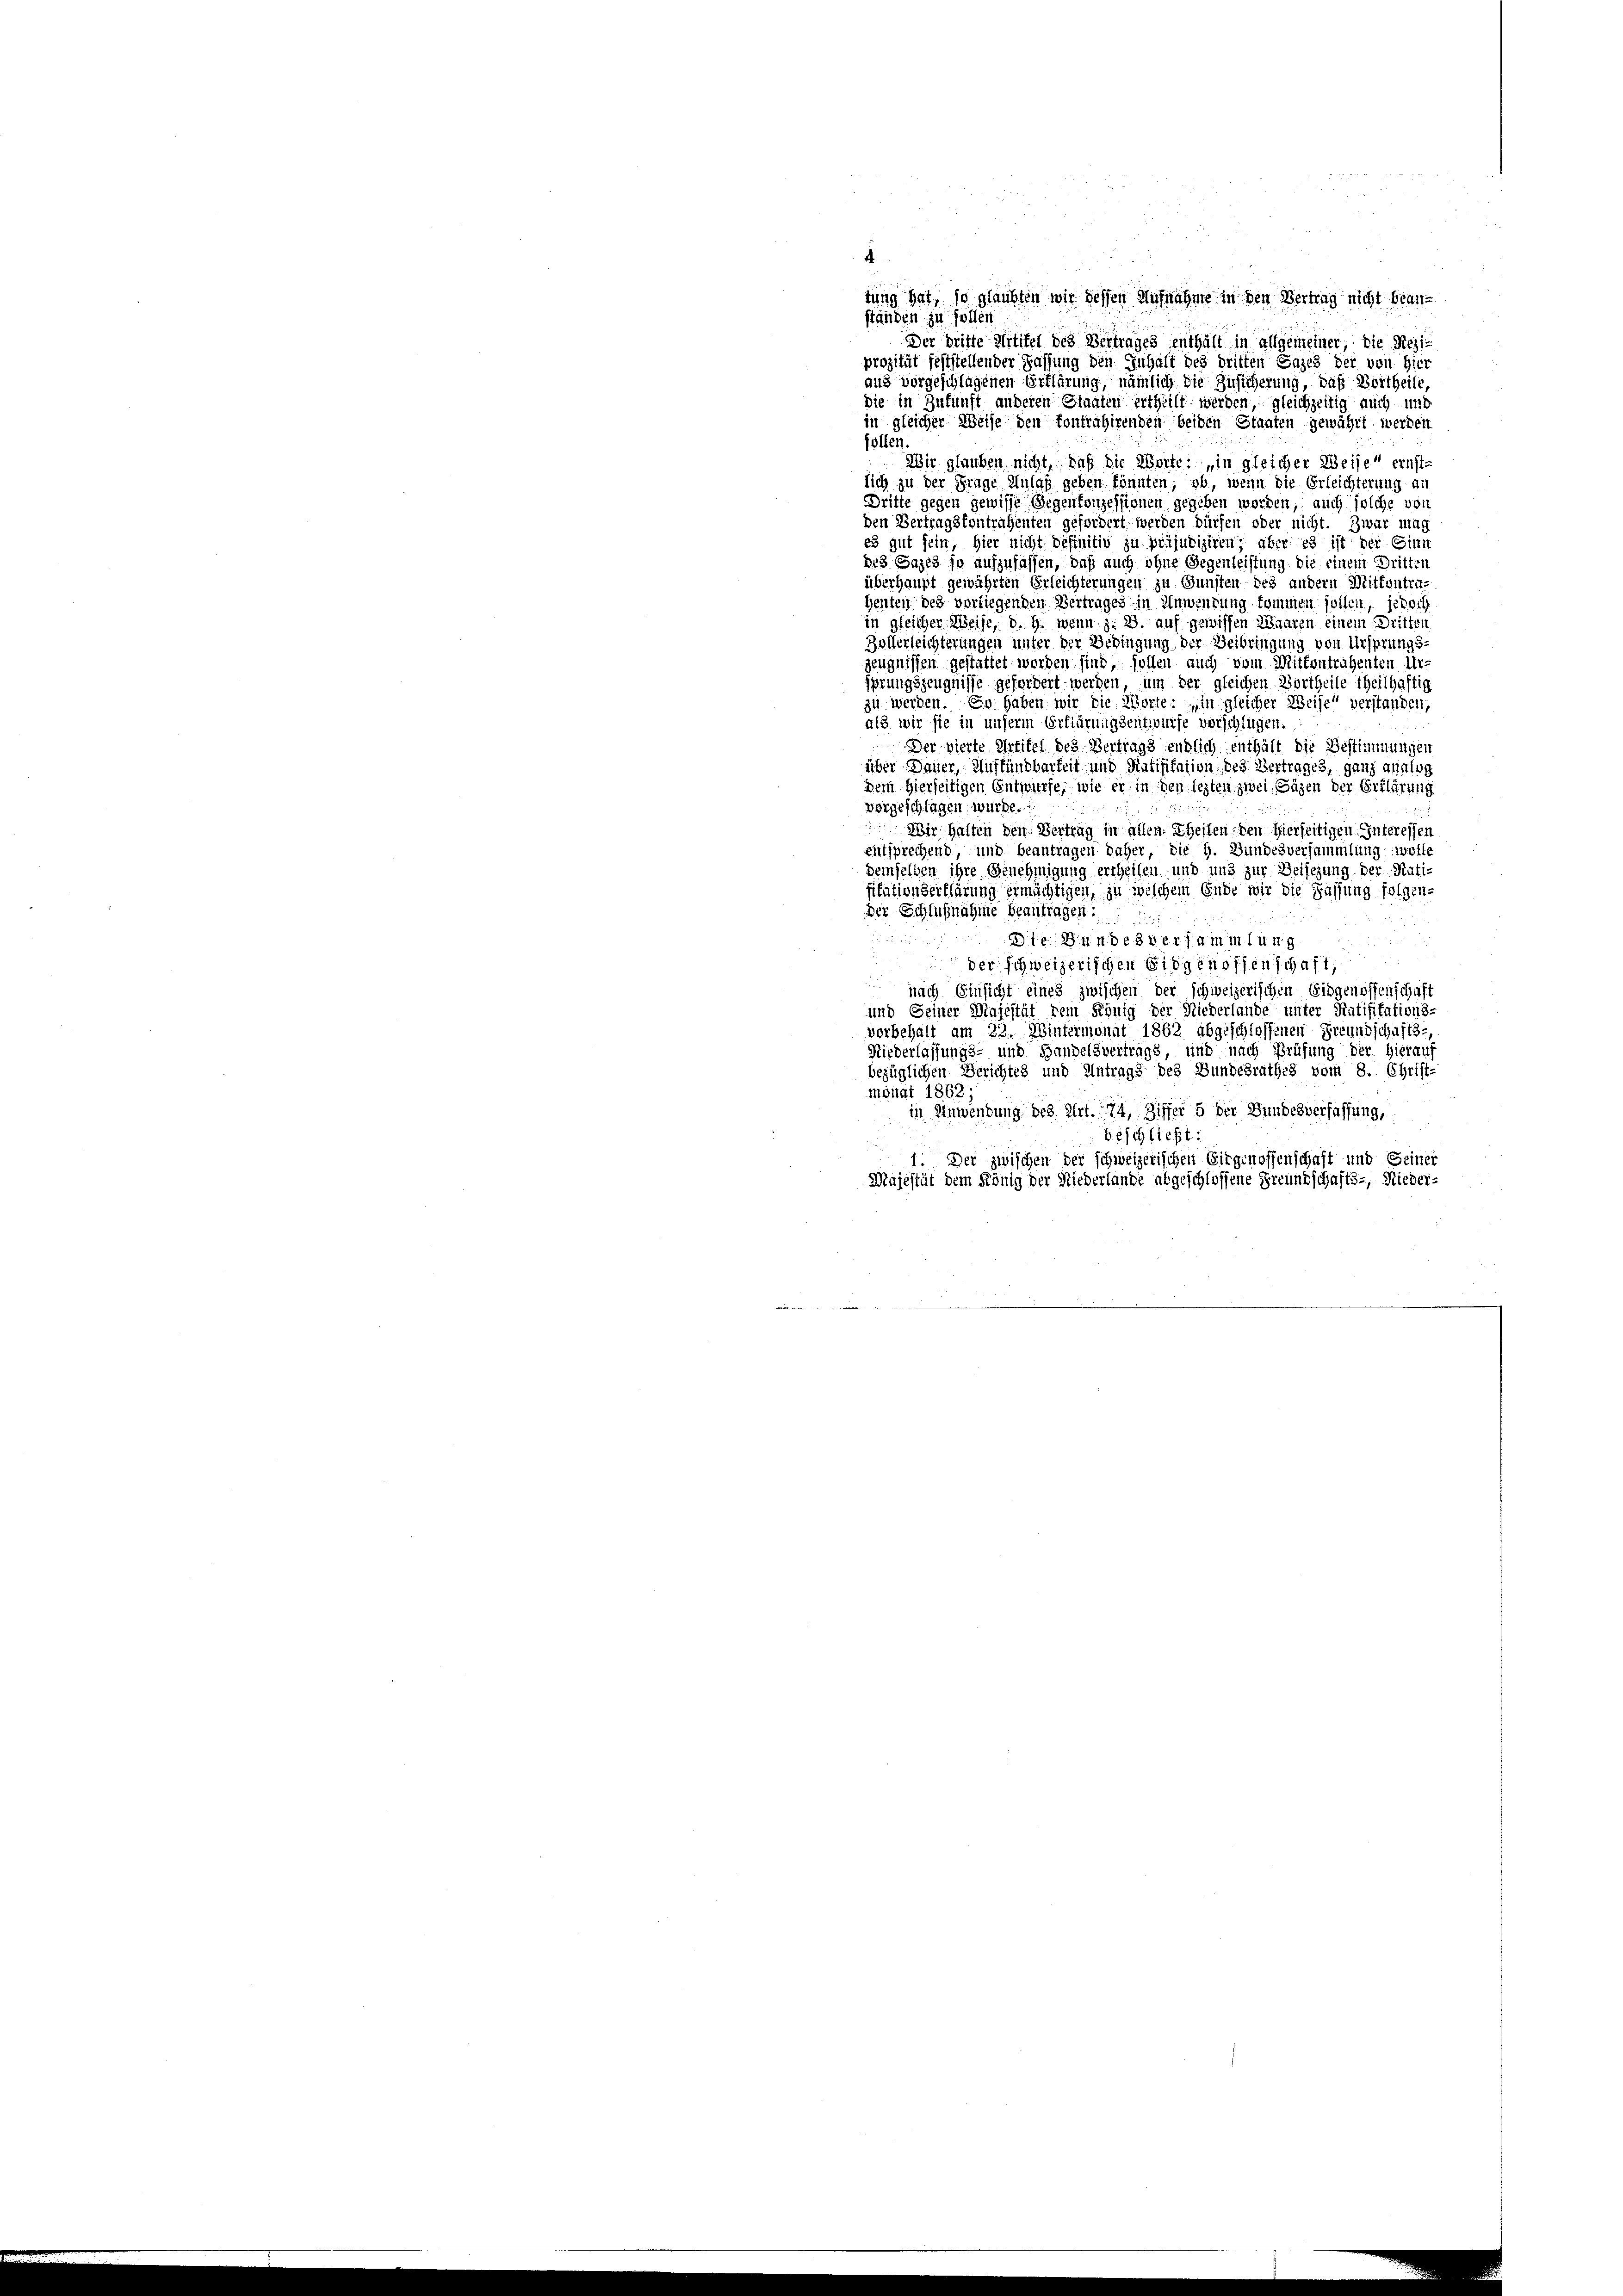
4
tung hat, so glaubten wir dessen Aufnahme in den Vertrag nicht beanständen zu sollen
Der dritte Artikel des Vertrages enthält in allgemeiner, die Resi-
prozität feststellender Fassung den Inhalt des dritten Gazes der von hier
aus vorgeschlagenen Erklärung, nämlich die Zusicherung, daß Bertheile
die in Zukunft anderen Staaten ertheilt werden, gleichzeitig auch und
in gleicher Weise den fontrahirenden beiden Staaten gewährt werden
sollen.
Wir glauben nicht, daß die Worte: „in gleicher Weise ernst-
lich zu der Frage Anlaß geben könnten, ob, wenn die Erleichterung auf
Dritte gegen gewisse Gegenkonzessionen gegeben worden, auch solche von
den Vertragskontrahenten gefordert werden dürfen oder nicht. Zwar mag
es gut sein, hier nicht definitiv zu präjudiziren; aber es ist der Sinn
de3 Sages so aufzufassen, daß auch ohne Gegenleistung die einem Dritten
überhaupt gewährten Erleichterungen zu Gunsten des andern Mittentra-
heuten des vorliegenden Vertrages in Anwendung kommen sollen, jedoch
in gleicher Weise, d. G. wenn z. B. auf gewissen Waaren einem Dritten
Bollerleichterungen unter der Bedingung der Beibringung von Ursprungs-
zeugnissen gestattet worden sind, sollen auch vom Mittentrahenten Ur-
sprungszeugnisse gefordert werden, um der gleichen Wortheile theilhaftig
zu werden. So haben wir die Worte: „in gleicher Weise verstanden,
als wir sie in unserm Erklärungsentwürfe verschlügen.
Der vierte Artikel des Vertrags endlich enthält die Bestimmungen
über Dauer, Aufkündbarkeit und Ratifikation, des Vertrages, ganz analog
Dem hierseitigen Entwurfe, wie er in den lezten zwei Sägen der Erklärung
vorgeschlagen wurde.
Wir halten den Vertrag in allen Theilen den hierseitigen Interessen
entsprechend, und beantragen daher, die H. Bundesversammlung wolle
demselben ihre Genehmigung ertheilen und und zur Beisezung der Ratisitationserklärung ermächtigen, zu welchem Ende wir die Fassung folgen-
der Schlußnahme beantragen:
u Leist
3te Hundesversammlung
der schweizerischen Eidgenossenschaft,
nach Einsicht eines zwischen der schweizerischen Eidgenossenschaft
und Seiner Majestät dem König der Niederlande unter Ratifikations-
vorbehalt am 22. Wintermonat 1862 abgeschlossenen Freundschafts-
Niederlassungs- und Handelsvertrags und nach Prüfung der Hierau
bezüglichen Berichtes und Antrags des Bundesrathes vom 8. Christ-
monat 1862;
in Anwendung des Art. 74, Ziffer 5 der Bundesverfassung,
Beschließt:
1. Der zwischen der schweizerischen Eitgenossenschaft und Geiner
Majestät dem König der Niederlande abgeschlossene Freundschafts-, Nieder-